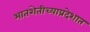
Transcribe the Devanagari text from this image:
भातशेतीच्याप्रदेशात